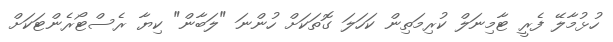
ހުޅުމާލޭ ފެރީ ޓާމިނަލް ކުރިމަތިން ކަހަލަ ގޮތަކަށް ހުންނަ "ލަބާން" ކިޔާ ރެސްޓޯރެންޓަކަށް